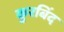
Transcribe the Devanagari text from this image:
कुरबिंद